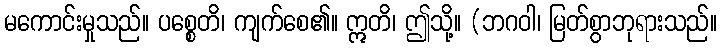
မကောင်းမှုသည်။ ပစ္စေတိ၊ ကျက်စေ၏။ ဣတိ၊ ဤသို့။ (ဘဂဝါ၊ မြတ်စွာဘုရားသည်။